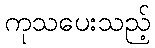
ကုသပေးသည့်